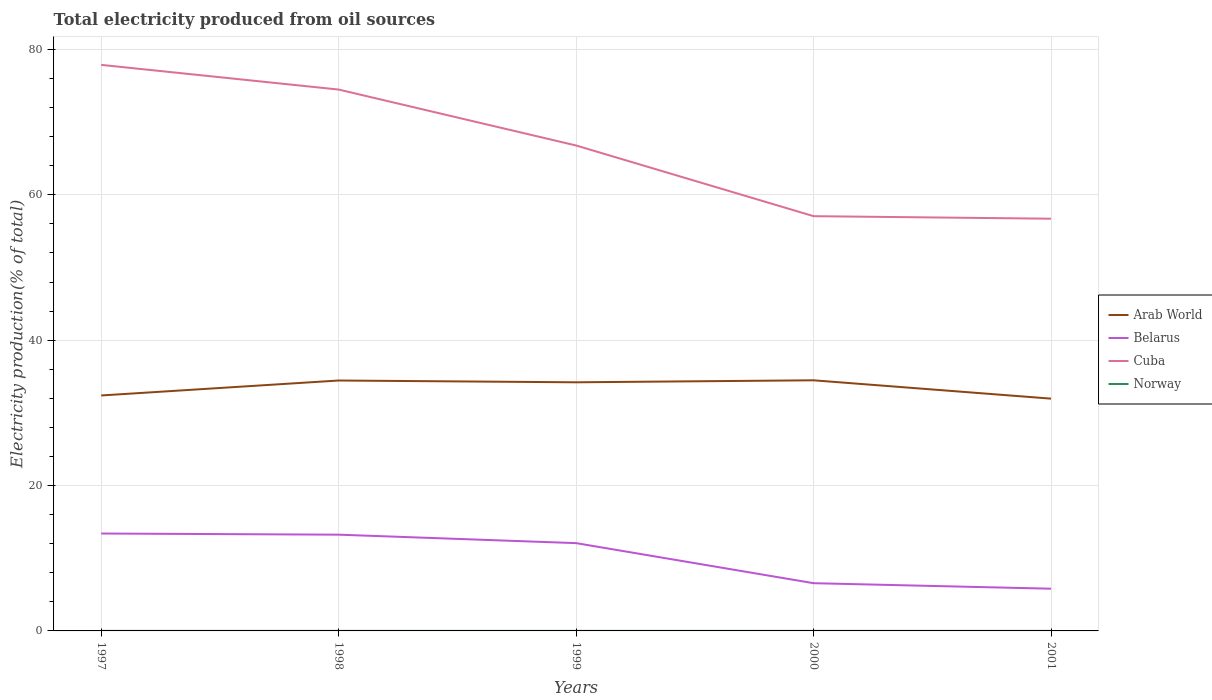
| Years | Arab World | Belarus | Cuba | Norway |
 | --- | --- | --- | --- | --- |
 | 1997 | 32.4 | 13.4 | 77.9 | 0.00724 |
 | 1998 | 34.5 | 13.2 | 74.5 | 0.00601 |
 | 1999 | 34.2 | 12.1 | 66.8 | 0.00818 |
 | 2000 | 34.5 | 6.57 | 57.1 | 0.00632 |
 | 2001 | 32 | 5.81 | 56.7 | 0.00742 |